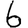
Digit: 6